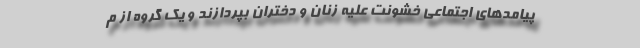
پیامدهای اجتماعی خشونت علیه زنان و دختران بپردازند و یک گروه از م